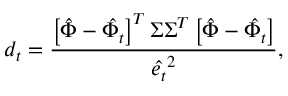
d _ { t } = \frac { \left[ \hat { \Phi } - \hat { \Phi _ { t } } \right] ^ { T } \Sigma \Sigma ^ { T } \left[ \hat { \Phi } - \hat { \Phi _ { t } } \right] } { \hat { e _ { t } } ^ { 2 } } ,